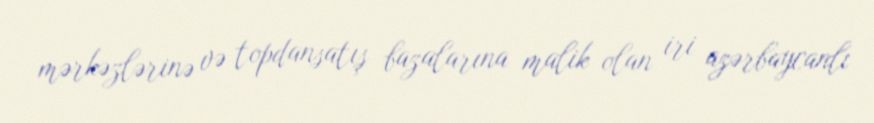
mərkəzlərinə və topdansatış bazalarına malik olan iri azərbaycanlı